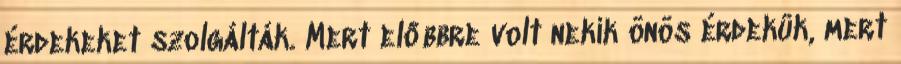
érdekeket szolgálták. Mert előbbre volt nekik önös érdekük, mert